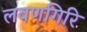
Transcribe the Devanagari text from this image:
लवणगिरि